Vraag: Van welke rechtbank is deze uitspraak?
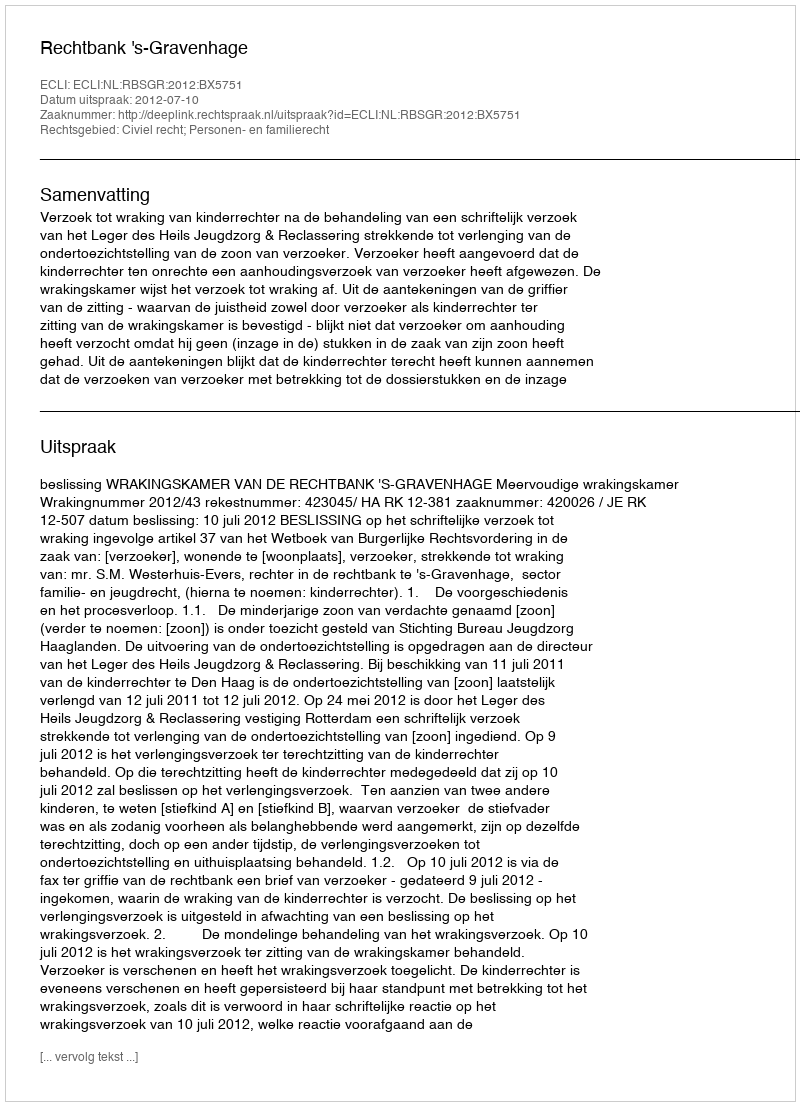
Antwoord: Rechtbank 's-Gravenhage